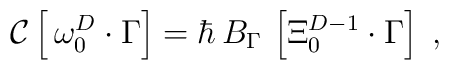
{\cal C}\left[ \,\omega _0^D\cdot \Gamma \right] =\hbar \,B_\Gamma \,\left[\Xi _0^{D-1}\cdot \Gamma \right] \;,